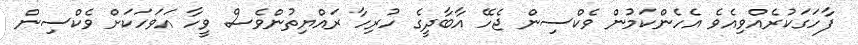
ފާހަގަކުރެއްވިއެވެ އެހެންކަމުން ވެކްސިން ޖެހޭ އާބާދީގެ ހުރިހާ ރައްޔިތުންވެސް ވީހާ އަވަހަކަށް ވެކްސިން